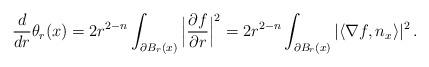
LaTeX: \begin{align*}\frac{d}{dr}\theta_r(x) = 2r^{2-n}\int_{\partial B_r(x)} \Big|\frac{\partial f}{\partial r}\Big|^2 = 2r^{2-n}\int_{\partial B_r(x)} |\langle \nabla f,n_x\rangle|^2\, .\end{align*}